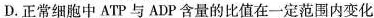
D.正常细胞中ATP与ADP含量的比值在一定范围内变化